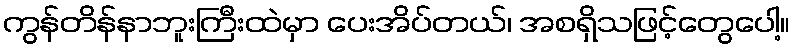
ကွန်တိန်နာဘူးကြီးထဲမှာ ပေးအိပ်တယ်၊ အစရှိသဖြင့်တွေပေါ့။